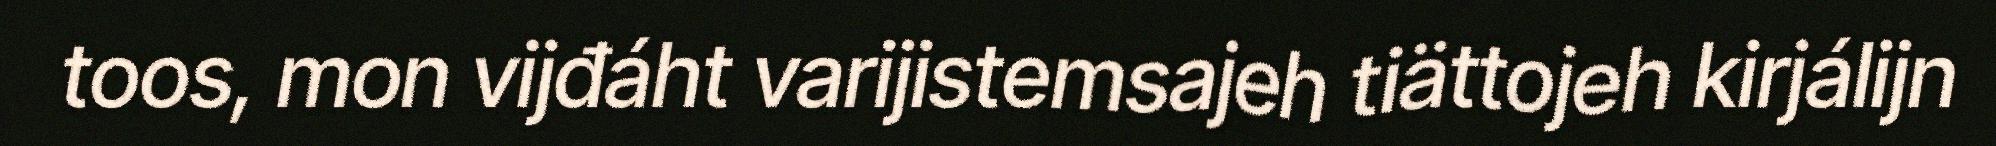
toos, mon vijđáht varijistemsajeh tiättojeh kirjálijn